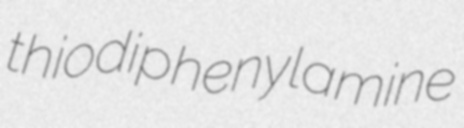
thiodiphenylamine